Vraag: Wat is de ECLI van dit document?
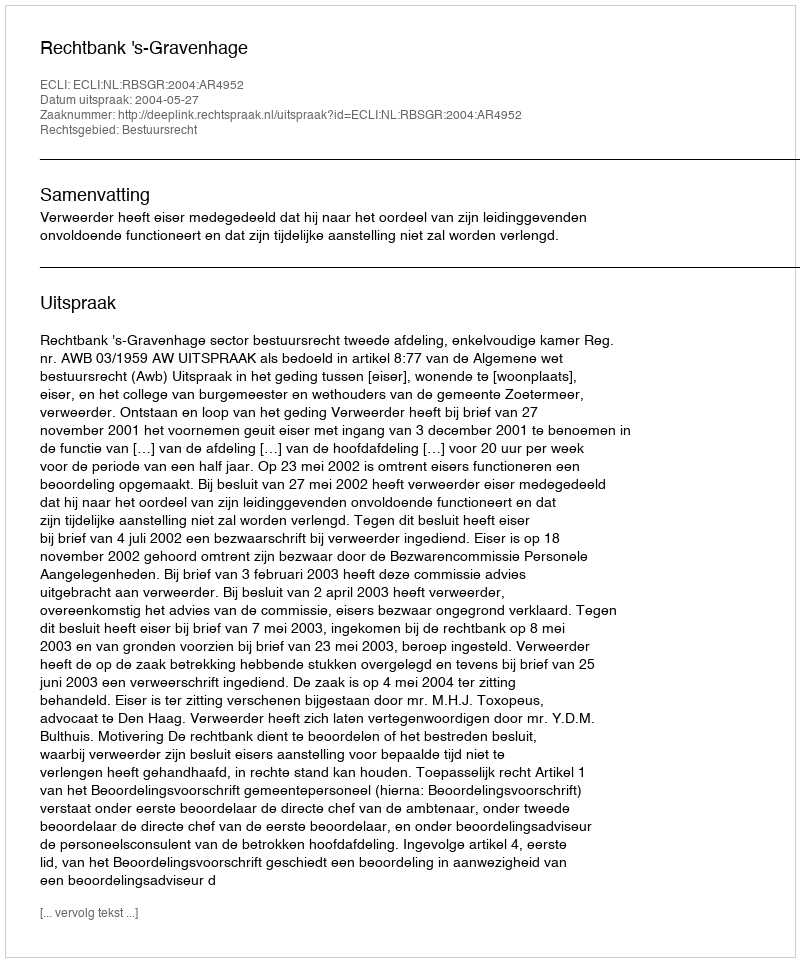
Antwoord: ECLI:NL:RBSGR:2004:AR4952